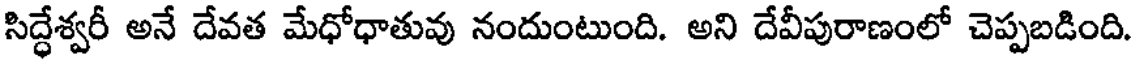
సిద్ధేశ్వరీ అనే దేవత మేధోధాతువు నందుంటుంది. అని దేవీపురాణంలో చెప్పబడింది.